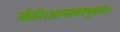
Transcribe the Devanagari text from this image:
मोठी।आनंदवनभुवनी।।